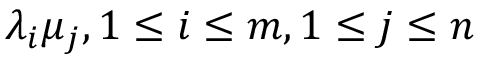
\lambda _ { i } \mu _ { j } , 1 \le i \le m , 1 \le j \le n